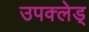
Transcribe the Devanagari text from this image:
उपक्लेड्